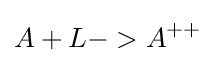
A+L->A^{++}